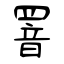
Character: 罯